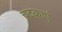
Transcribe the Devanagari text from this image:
चटकाएं